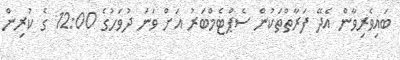
ބައިވެރިވާން އެދޭ ފަރާތްތަކުން ސެޕްޓެމްބަރު އަށް ވަނަ ދުވަހުގެ 12:00 ގެ ކުރިން